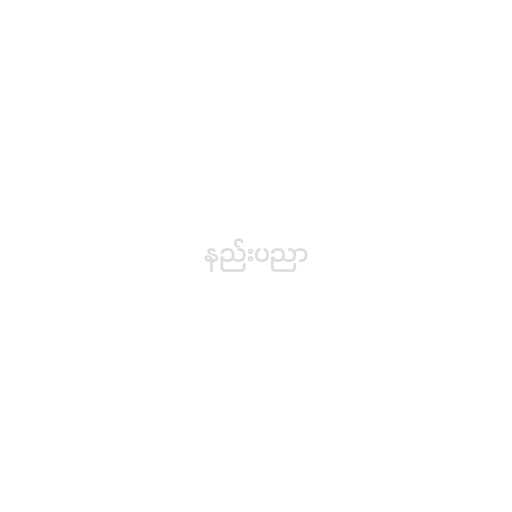
နည်းပညာ